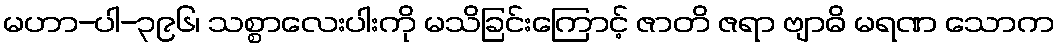
မဟာ-ပါ-၃၉၆၊ သစ္စာလေးပါးကို မသိခြင်းကြောင့် ဇာတိ ဇရာ ဗျာဓိ မရဏ သောက